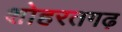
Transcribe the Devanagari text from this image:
शोहरतगढ़